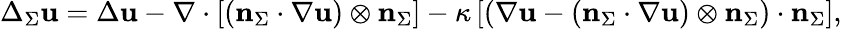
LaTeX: \Delta_{\Sigma}\mathbf{u}=\Delta\mathbf{u}-\nabla\cdot\left[(\mathbf{n}_{\Sigma}\cdot\nabla\mathbf{u})\otimes\mathbf{n}_{\Sigma}\right]-\kappa\left[\left(\nabla\mathbf{u}-(\mathbf{n}_{\Sigma}\cdot\nabla\mathbf{u})\otimes\mathbf{n}_{\Sigma}\right)\cdot\mathbf{n}_{\Sigma}\right],